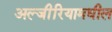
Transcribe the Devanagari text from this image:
अल्जीरियामधील